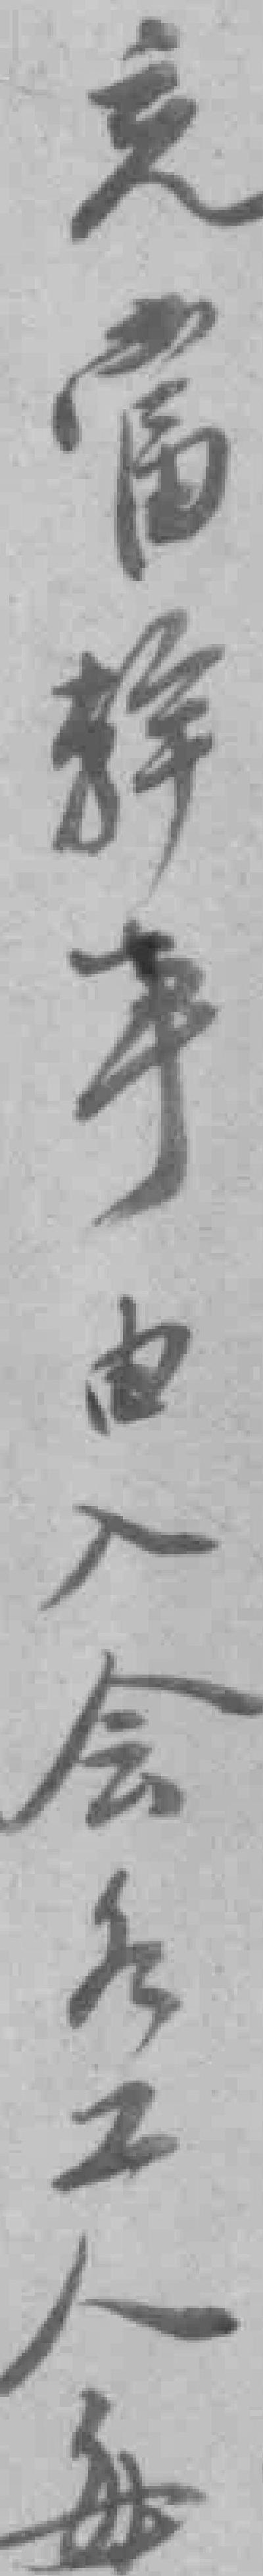
充當幹事由入会各工人每